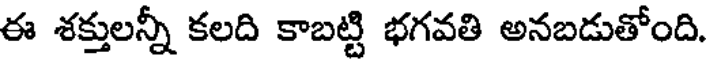
ఈ శక్తులన్నీ కలది కాబట్టి భగవతి అనబడుతోంది.